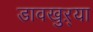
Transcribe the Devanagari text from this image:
डावखुऱ्या